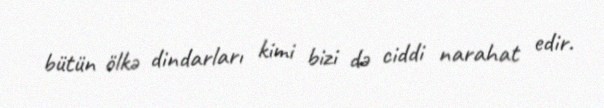
bütün ölkə dindarları kimi bizi də ciddi narahat edir.